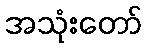
အသုံးတော်